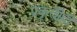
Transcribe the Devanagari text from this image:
प्रकृतीही